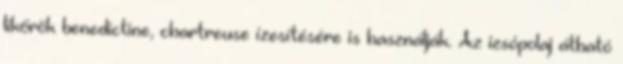
likőrök benedictine, chartreuse ízesítésére is használják. Az izsópolaj átható